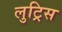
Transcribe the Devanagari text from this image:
लुट्रिस